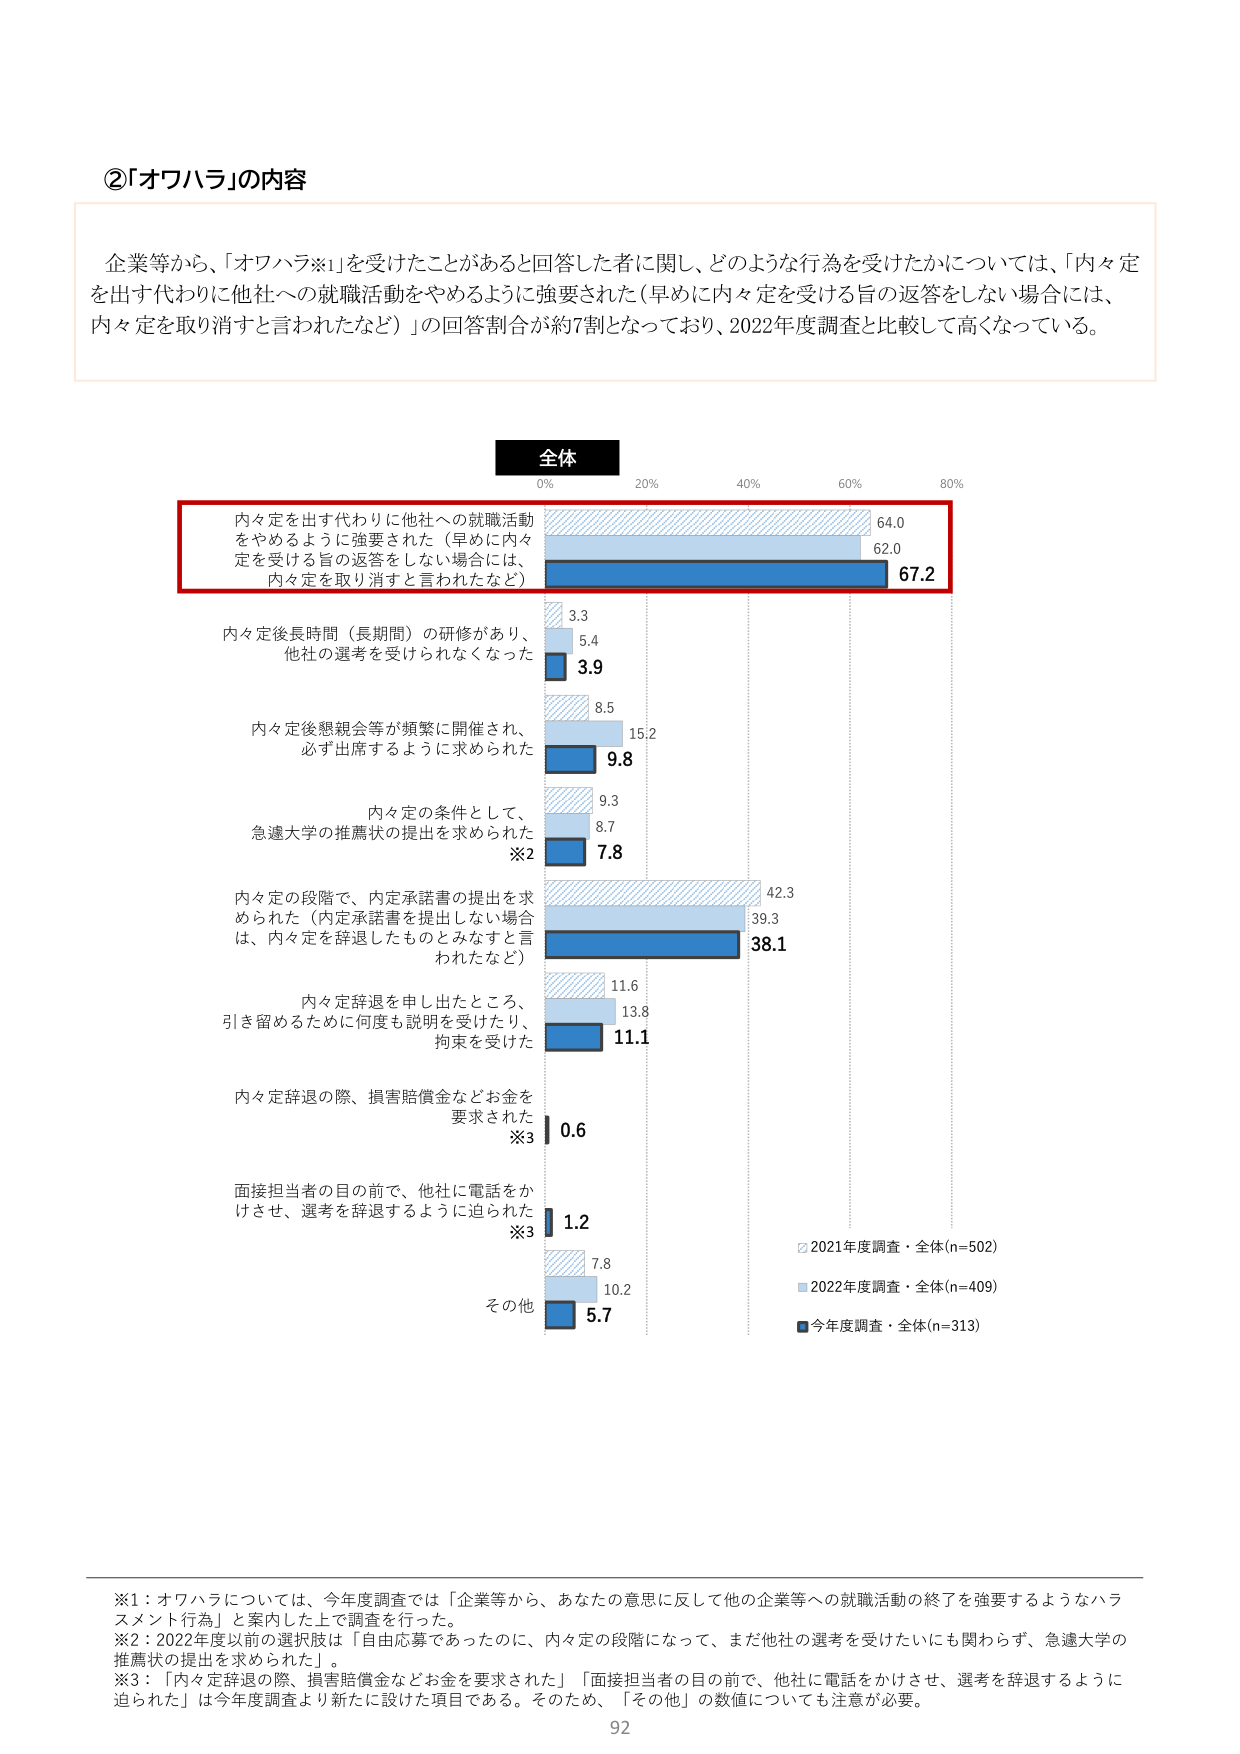
②「オワハラ」の内容

企業等から、「オワハラ※1」を受けたことがあると回答した者に関して、どのような行為を受けたかについては、「内々定を出す代わりに他社への就職活動をやめるように強要された（早めに内々定を受ける旨の返答をしない場合には、内々定を取り消すと言われたなど）」の回答割合が約7割となっており、2022年度調査と比較して高くなっている。

全体
0% 20% 40% 60% 80%

内々定を出す代わりに他社への就職活動をやめるように強要された（早めに内々定を受ける旨の返答をしない場合には、内々定を取り消すと言われたなど）
64.0
62.0
67.2

内々定後長時間（長期間）の研修があり、他社の選考を受けられなくなった
3.3
5.4
3.9

内々定後懇親会等が頻繁に開催され、必ず出席するように求められた
8.5
15.2
9.8

内々定の条件として、急遽大学の推薦状の提出を求められた※2
9.3
8.7
7.8

内々定の段階で、内定承諾書の提出を求められた（内定承諾書を提出しない場合は、内々定を辞退したものとみなすと言われたなど）
42.3
39.3
38.1

内々定辞退を申し出たところ、引き留めるために何度も説明を受けたり、拘束を受けた
11.6
13.8
11.1

内々定辞退の際、損害賠償金などお金を要求された※3
0.6

面接担当者の目の前で、他社に電話をかけさせ、選考を辞退するように迫られた※3
1.2

その他
7.8
10.2
5.7

☑ 2021年度調査・全体(n=502)
■ 2022年度調査・全体(n=409)
■ 今年度調査・全体(n=313)

※1：オワハラについては、今年度調査では「企業等から、あなたの意思に反して他の企業等への就職活動の終了を強要するようなハラスメント行為」と案内した上で調査を行った。
※2：2022年度以前の選択肢は「自由応募であったのに、内々定の段階になって、まだ他社の選考を受けたいにも関わらず、急遽大学の推薦状の提出を求められた」。
※3：「内々定辞退の際、損害賠償金などお金を要求された」「面接担当者の目の前で、他社に電話をかけさせ、選考を辞退するように迫られた」は今年度調査より新たに設けた項目である。そのため、「その他」の数値についても注意が必要。

92